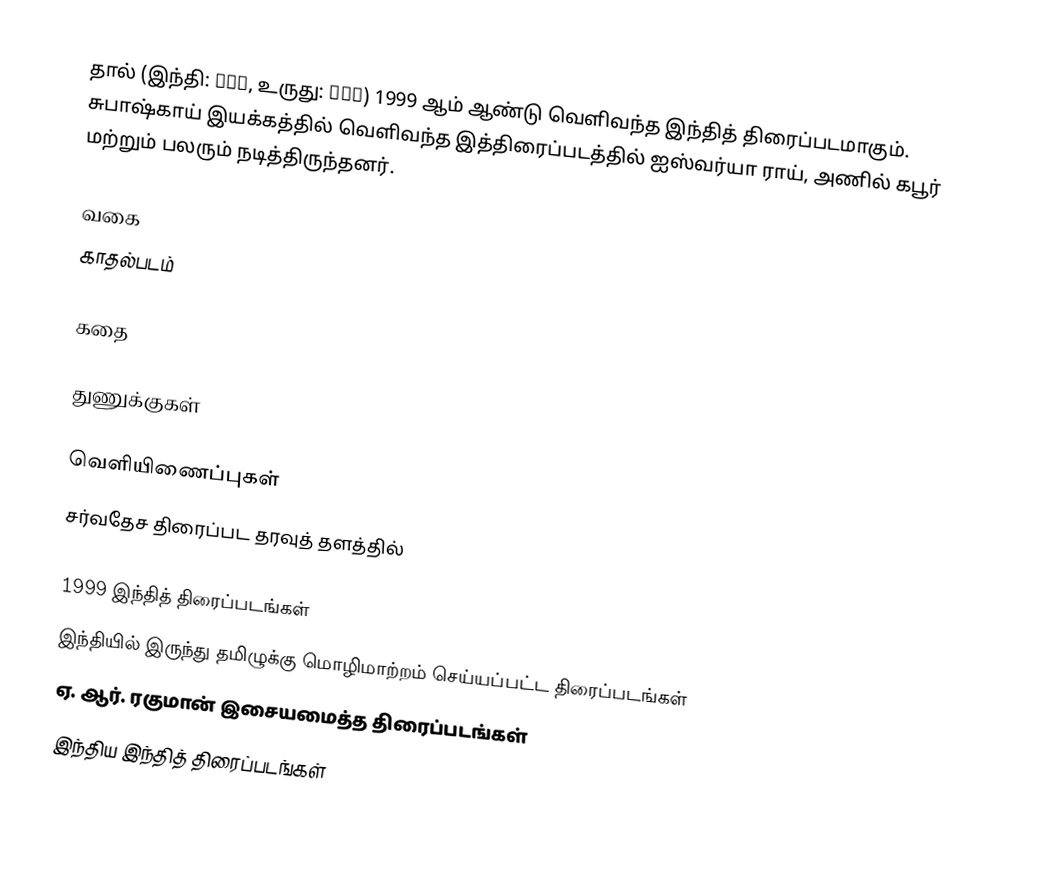
தால் (இந்தி: ताल, உருது: تال) 1999 ஆம் ஆண்டு வெளிவந்த இந்தித் திரைப்படமாகும். சுபாஷ்காய் இயக்கத்தில் வெளிவந்த இத்திரைப்படத்தில் ஐஸ்வர்யா ராய், அணில் கபூர் மற்றும் பலரும் நடித்திருந்தனர்.

வகை
காதல்படம்

கதை

துணுக்குகள்

வெளியிணைப்புகள்
சர்வதேச திரைப்பட தரவுத் தளத்தில்

1999 இந்தித் திரைப்படங்கள்
இந்தியில் இருந்து தமிழுக்கு மொழிமாற்றம் செய்யப்பட்ட திரைப்படங்கள்
ஏ. ஆர். ரகுமான் இசையமைத்த திரைப்படங்கள்
இந்திய இந்தித் திரைப்படங்கள்